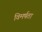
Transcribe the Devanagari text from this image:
विमर्षता